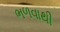
ભળવાથી